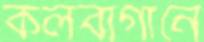
কলবাগানে